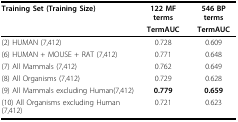
<table><thead><tr><td><b>Training Set (Training Size)</b></td><td><b>122 MF terms</b></td><td><b>546 BP terms</b></td></tr><tr><td></td><td><b>TermAUC</b></td><td><b>TermAUC</b></td></tr></thead><tbody><tr><td>(2) HUMAN (7,412)</td><td>0.728</td><td>0.609</td></tr><tr><td>(6) HUMAN + MOUSE + RAT (7,412)</td><td>0.771</td><td>0.648</td></tr><tr><td>(7) All Mammals (7,412)</td><td>0.762</td><td>0.649</td></tr><tr><td>(8) All Organisms (7,412)</td><td>0.729</td><td>0.628</td></tr><tr><td>(9) All Mammals excluding Human(7,412)</td><td><b>0.779</b></td><td><b>0.659</b></td></tr><tr><td>(10) All Organisms excluding Human (7,412)</td><td>0.721</td><td>0.623</td></tr></tbody></table>